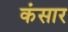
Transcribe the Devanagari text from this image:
कंसार